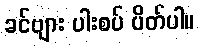
ခင်ဗျား ပါးစပ် ပိတ်ပါ။